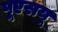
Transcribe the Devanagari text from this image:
पूएसयू